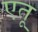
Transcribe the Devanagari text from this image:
एतू